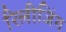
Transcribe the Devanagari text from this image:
रिलीजिंग